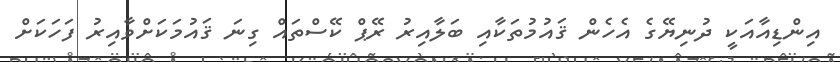
އިންޑިއާއަކީ ދުނިޔޭގެ އެހެން ޤައުމުތަކާއި ބަލާއިރު ރޭޕް ކޭސްތައް ގިނަ ޤައުމަކަށްވާއިރު ފަހަކަށް